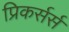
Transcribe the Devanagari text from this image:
प्रिकर्सर्स